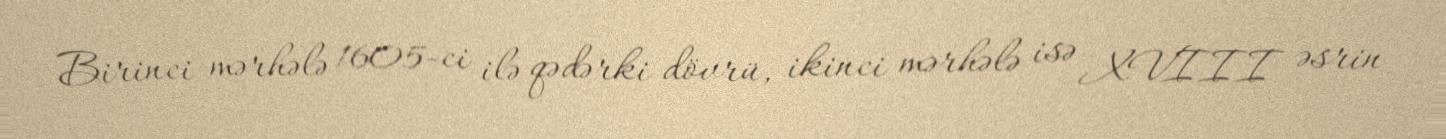
Birinci mərhələ 1605-ci ilə qədərki dövrü, ikinci mərhələ isə XVIII əsrin